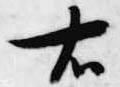
右